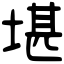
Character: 堪